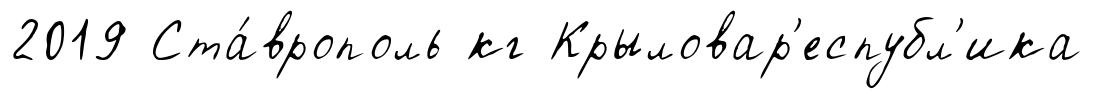
2019 Ста́врополь кг Крыловар'еспубл'ика